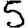
Digit: 5